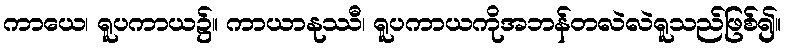
ကာယေ၊ ရူပကာယ၌။ ကာယာနုဿီ၊ ရူပကာယကိုအဘန်တလဲလဲရူသည်ဖြစ်၍။